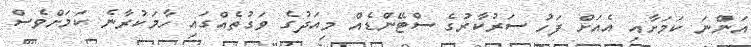
އަންނަ ކަމަށާއި އެއަށް ފަހު ސަރުކާރުގެ ސްޓޭންޑެއް މިއަދުގެ ވަގުތެއްގައި ހާމަކުރާނެ ކަމަށްވެސް